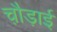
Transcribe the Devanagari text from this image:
चौ़ड़ाई